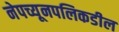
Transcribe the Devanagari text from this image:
नेपच्यूनपलिकडील